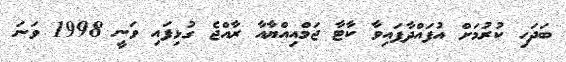
ބަދަހި ކުރުމަށް އުފައްދާފައިވާ ކާޓާ ޖަމްއިއްޔާއާ ރާއްޖެ ގުޅިފައި ވަނީ 1998 ވަނަ